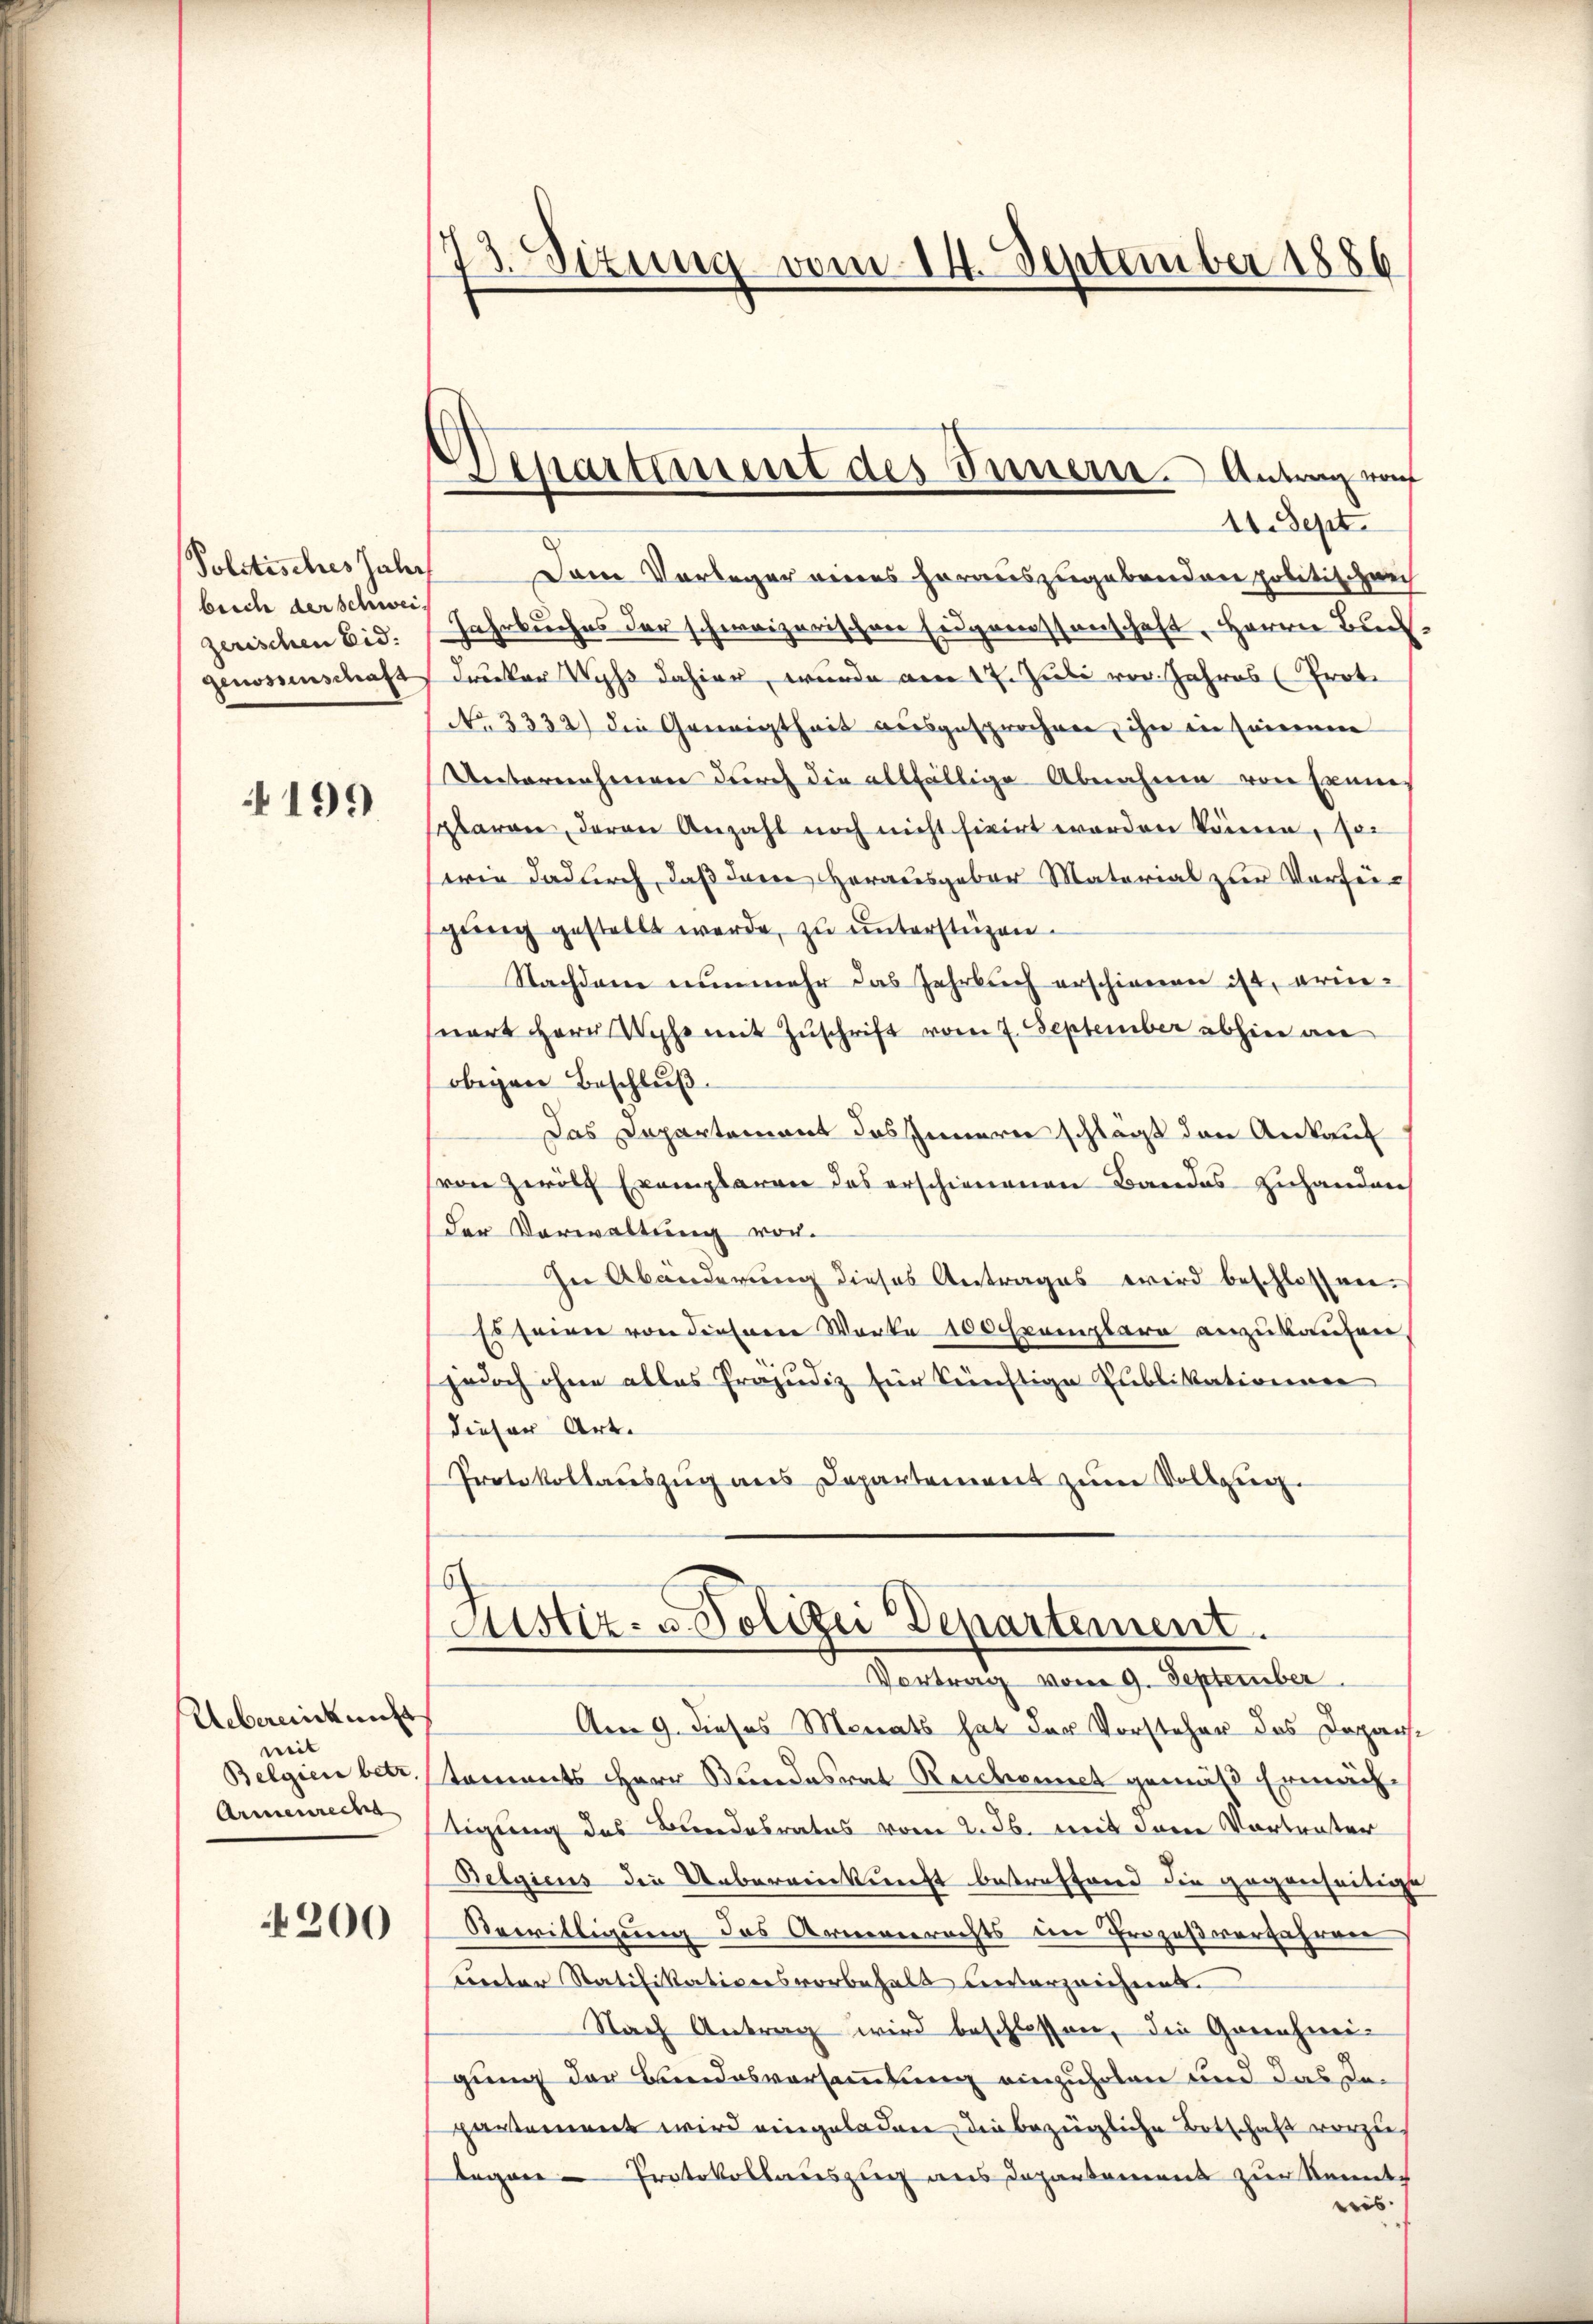
Politisches Zaler
beiche der schweizerischen Eid.

199

Uebereinkunft
mit
Armenrecht
4200

g
43. Sizung vom 14. September 1886

11. Sept.
Dem Vorleger eines herauszugebenden politischen
Jahrbuches der schweizerischen Eugenossenschaft, Herrn Buch
genossenschaft drucker Wyß dahier, wurde am 17. Juli vor. Jahres (Proto
No. 3332) die Geneigtheit ausgesprochen, ihn ein Ernennen
Unternehmen durch die allfällige Abnahme von Exems
splaren, deren Anzahl noch nicht fixirt worden könne, soi
wie dadurch, daß dann Herausgebor Material zur Vorfegung gestellt werde, zu unterstüzen.
Nachdem nunmehr das Jahrbuch erschienen ist, erinswert Herr Woche mit Zuschrift vom 7. September abhin an
obigen Beschluß
Das Departement des Innern schlägt den Ankauf
(von zwölf Exemplaren das erschienenen Bandes zuhanden
der Verwaltung vor.
In Abänderung dieses Antrages wird beschlossen.
Es seiner von diesem Worte 100 Exemplare anzukaufen
jedoch ohne alles Präjudiz für künftige Publikationen
dieser Art.
Protokollauszug aus Departement zum Vollzug.

Departement des Innern. Antrag vo

Justiz- u. Polizei Departement.
Vortrag vom 9. September

Am 9. dieses Monats hat der Vorsteher das Depar¬
Belgien betr. staments Herr Stundesrat Reichennet gemäß Ermäch-
tigung des Bundesrates vom 2. ds. mit dere Vortenter
Belgiens die Uebereinkunft betreffend die gegenseitige
Bewilligung des Armenrechts im Prozeßverfahren
Diector Ratifikationsvorbehalt unterzeichnet.
Nach Antrag wird beschlossen, die Grienherei-
gung der Bundesversammlung einzuholen und das Inpertement wird eingeladen, die bezügliche Botschaft vorzuegare Protokollauszug aus Departement zur Kennteis.